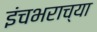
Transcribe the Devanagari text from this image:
इंचभराच्या